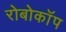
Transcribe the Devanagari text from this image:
रोबोकाॅप